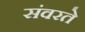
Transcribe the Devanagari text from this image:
संवरते